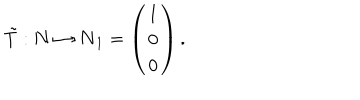
{ \tilde { T } } : { \bf N } \mapsto { \bf N } _ { 1 } = \left( \begin{array} { c } { { 1 } } \\ { { 0 } } \\ { { 0 } } \\ \end{array} \right) .